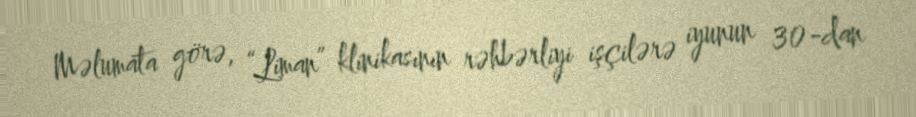
Məlumata görə, “Liman” klinikasının rəhbərliyi işçilərə iyunun 30-dan